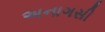
અનાગસી